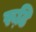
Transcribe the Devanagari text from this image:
रूढि़